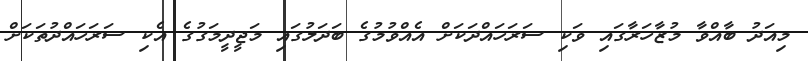
މިއަދު ބާއްވާ މުޒާހަރާގައި ވަކި ސަރަހައްދަކަށް އެއްވުމުގެ ބަދަލުގައި މަޖީދީމަގުގެ އެކި ސަރަހައްދުތަކަށް